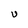
Character: U